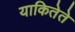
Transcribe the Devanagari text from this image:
याकितेते